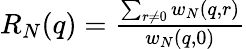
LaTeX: \begin{array}{r}{R_{N}(q)=\frac{\sum_{r\neq 0}w_{N}(q,r)}{w_{N}(q,0)}}\end{array}